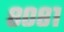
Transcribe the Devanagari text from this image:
८०८१